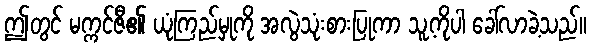
ဤတွင် မက္ကင်ဇီ၏ ယုံကြည်မှုကို အလွဲသုံးစားပြုကာ သူ့ကိုပါ ခေါ်လာခဲ့သည်။